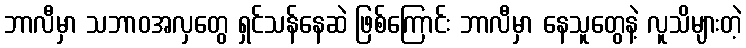
ဘာလီမှာ သဘာဝအလှတွေ ရှင်သန်နေဆဲ ဖြစ်ကြောင်း ဘာလီမှာ နေသူတွေနဲ့ လူသိများတဲ့